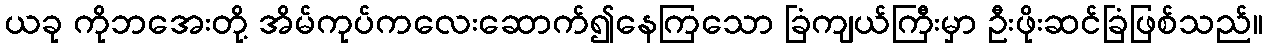
ယခု ကိုဘအေးတို့ အိမ်ကုပ်ကလေးဆောက်၍နေကြသော ခြံကျယ်ကြီးမှာ ဦးဖိုးဆင်ခြံဖြစ်သည်။